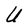
Character: U